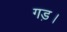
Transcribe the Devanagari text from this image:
गड़।